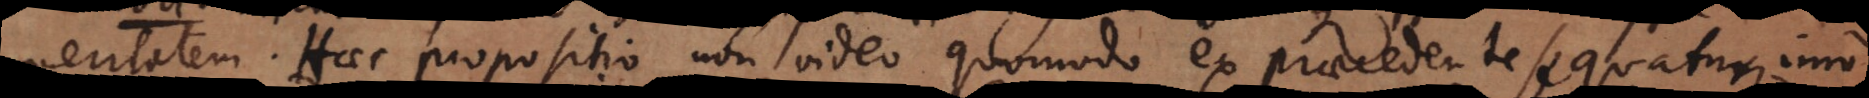
veritatem. Haec propositio non video quomodo ex praecedente sequatur, imo